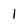
Character: 1